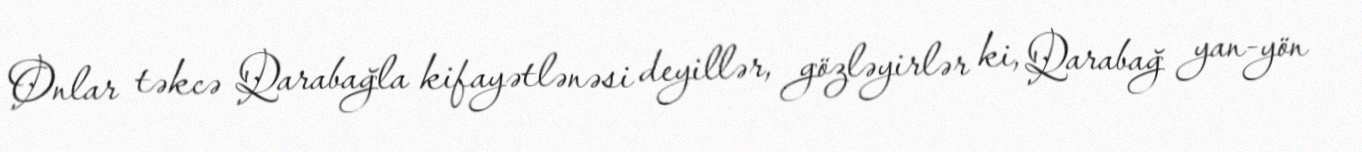
Onlar təkcə Qarabağla kifayətlənəsi deyillər, gözləyirlər ki, Qarabağ yan-yön